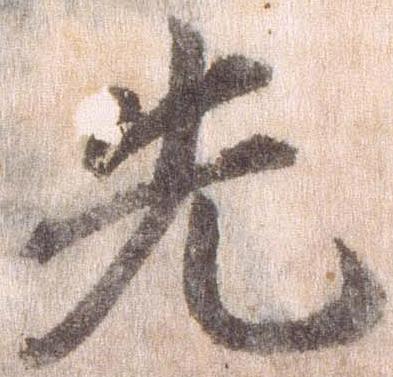
先